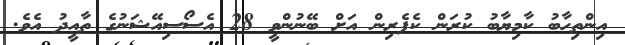
އިންތިހާބު ކާމިޔާބު ކުރަން ކެފެރިން އަށް ބޭނުންވީ 28 އެސޯސިއޭޝަނުގެ ތާއީދު އެވެ.